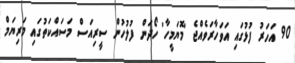
90 އަހަރު ފުޅުގައި އަވަހާރަވެއްޖެ 'މޮޔަމީހާ' ހޯދަން ފުލުހުން ސީރިއަސް މަސައްކަތުގައި މަރިޔަމް